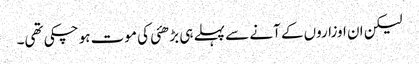
لیکن ان اوزاروں کے آنے سے پہلے ہی بڑھئی کی موت ہو چکی تھی۔